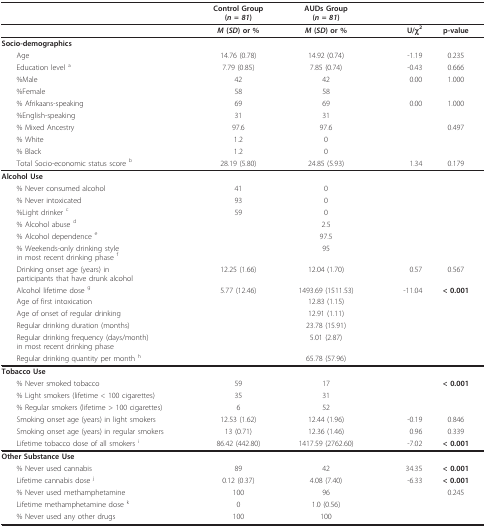
<table><thead><tr><td></td><td><b>Control Group(<i>n = 81</i>)</b></td><td><b>AUDs Group(<i>n = 81</i>)</b></td><td></td><td></td></tr></thead><tbody><tr><td></td><td><b><i>M </i>(<i>SD</i>) or %</b></td><td><b><i>M </i>(<i>SD</i>) or %</b></td><td><b>U/χ</b><sup><b>2</b></sup></td><td><b>p-value</b></td></tr><tr><td><b>Socio-demographics</b></td><td></td><td></td><td></td><td></td></tr><tr><td> Age</td><td>14.76 (0.78)</td><td>14.92 (0.74)</td><td>-1.19</td><td>0.235</td></tr><tr><td> Education level <sup>a</sup></td><td>7.79 (0.85)</td><td>7.85 (0.74)</td><td>-0.43</td><td>0.666</td></tr><tr><td> %Male</td><td>42</td><td>42</td><td>0.00</td><td>1.000</td></tr><tr><td> %Female</td><td>58</td><td>58</td><td></td><td></td></tr><tr><td> % Afrikaans-speaking</td><td>69</td><td>69</td><td>0.00</td><td>1.000</td></tr><tr><td> %English-speaking</td><td>31</td><td>31</td><td></td><td></td></tr><tr><td> % Mixed Ancestry</td><td>97.6</td><td>97.6</td><td></td><td>0.497</td></tr><tr><td> % White</td><td>1.2</td><td>0</td><td></td><td></td></tr><tr><td> % Black</td><td>1.2</td><td>0</td><td></td><td></td></tr><tr><td> Total Socio-economic status score <sup>b</sup></td><td>28.19 (5.80)</td><td>24.85 (5.93)</td><td>1.34</td><td>0.179</td></tr><tr><td><b>Alcohol Use</b></td><td></td><td></td><td></td><td></td></tr><tr><td> % Never consumed alcohol</td><td>41</td><td>0</td><td></td><td></td></tr><tr><td> % Never intoxicated</td><td>93</td><td>0</td><td></td><td></td></tr><tr><td> %Light drinker <sup>c</sup></td><td>59</td><td>0</td><td></td><td></td></tr><tr><td> % Alcohol abuse <sup>d</sup></td><td></td><td>2.5</td><td></td><td></td></tr><tr><td> % Alcohol dependence <sup>e</sup></td><td></td><td>97.5</td><td></td><td></td></tr><tr><td> % Weekends-only drinking stylein most recent drinking phase <sup>f</sup></td><td></td><td>95</td><td></td><td></td></tr><tr><td> Drinking onset age (years) inparticipants that have drunk alcohol</td><td>12.25 (1.66)</td><td>12.04 (1.70)</td><td>0.57</td><td>0.567</td></tr><tr><td> Alcohol lifetime dose <sup>g</sup></td><td>5.77 (12.46)</td><td>1493.69 (1511.53)</td><td>-11.04</td><td><b>&lt; 0.001</b></td></tr><tr><td> Age of first intoxication</td><td></td><td>12.83 (1.15)</td><td></td><td></td></tr><tr><td> Age of onset of regular drinking</td><td></td><td>12.91 (1.11)</td><td></td><td></td></tr><tr><td> Regular drinking duration (months)</td><td></td><td>23.78 (15.91)</td><td></td><td></td></tr><tr><td> Regular drinking frequency (days/month)in most recent drinking phase</td><td></td><td>5.01 (2.87)</td><td></td><td></td></tr><tr><td> Regular drinking quantity per month <sup>h</sup></td><td></td><td>65.78 (57.96)</td><td></td><td></td></tr><tr><td><b>Tobacco Use</b></td><td></td><td></td><td></td><td></td></tr><tr><td> % Never smoked tobacco</td><td>59</td><td>17</td><td></td><td><b>&lt; 0.001</b></td></tr><tr><td> % Light smokers (lifetime &lt; 100 cigarettes)</td><td>35</td><td>31</td><td></td><td></td></tr><tr><td> % Regular smokers (lifetime &gt; 100 cigarettes)</td><td>6</td><td>52</td><td></td><td></td></tr><tr><td> Smoking onset age (years) in light smokers</td><td>12.53 (1.62)</td><td>12.44 (1.96)</td><td>-0.19</td><td>0.846</td></tr><tr><td> Smoking onset age (years) in regular smokers</td><td>13 (0.71)</td><td>12.36 (1.46)</td><td>0.96</td><td>0.339</td></tr><tr><td> Lifetime tobacco dose of all smokers <sup>i </sup></td><td>86.42 (442.80)</td><td>1417.59 (2762.60)</td><td>-7.02</td><td><b>&lt; 0.001</b></td></tr><tr><td><b>Other Substance Use</b></td><td></td><td></td><td></td><td></td></tr><tr><td> % Never used cannabis</td><td>89</td><td>42</td><td>34.35</td><td><b>&lt; 0.001</b></td></tr><tr><td> Lifetime cannabis dose <sup>j </sup></td><td>0.12 (0.37)</td><td>4.08 (7.40)</td><td>-6.33</td><td><b>&lt; 0.001</b></td></tr><tr><td> % Never used methamphetamine</td><td>100</td><td>96</td><td></td><td>0.245</td></tr><tr><td> Lifetime methamphetamine dose <sup>k</sup></td><td>0</td><td>1.0 (0.56)</td><td></td><td></td></tr><tr><td> % Never used any other drugs</td><td>100</td><td>100</td><td></td><td></td></tr></tbody></table>